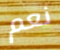
نعم